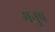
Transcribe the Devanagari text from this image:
मनुष